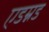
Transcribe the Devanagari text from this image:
एडम्नड